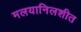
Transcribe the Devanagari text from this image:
मलयानिलशीत